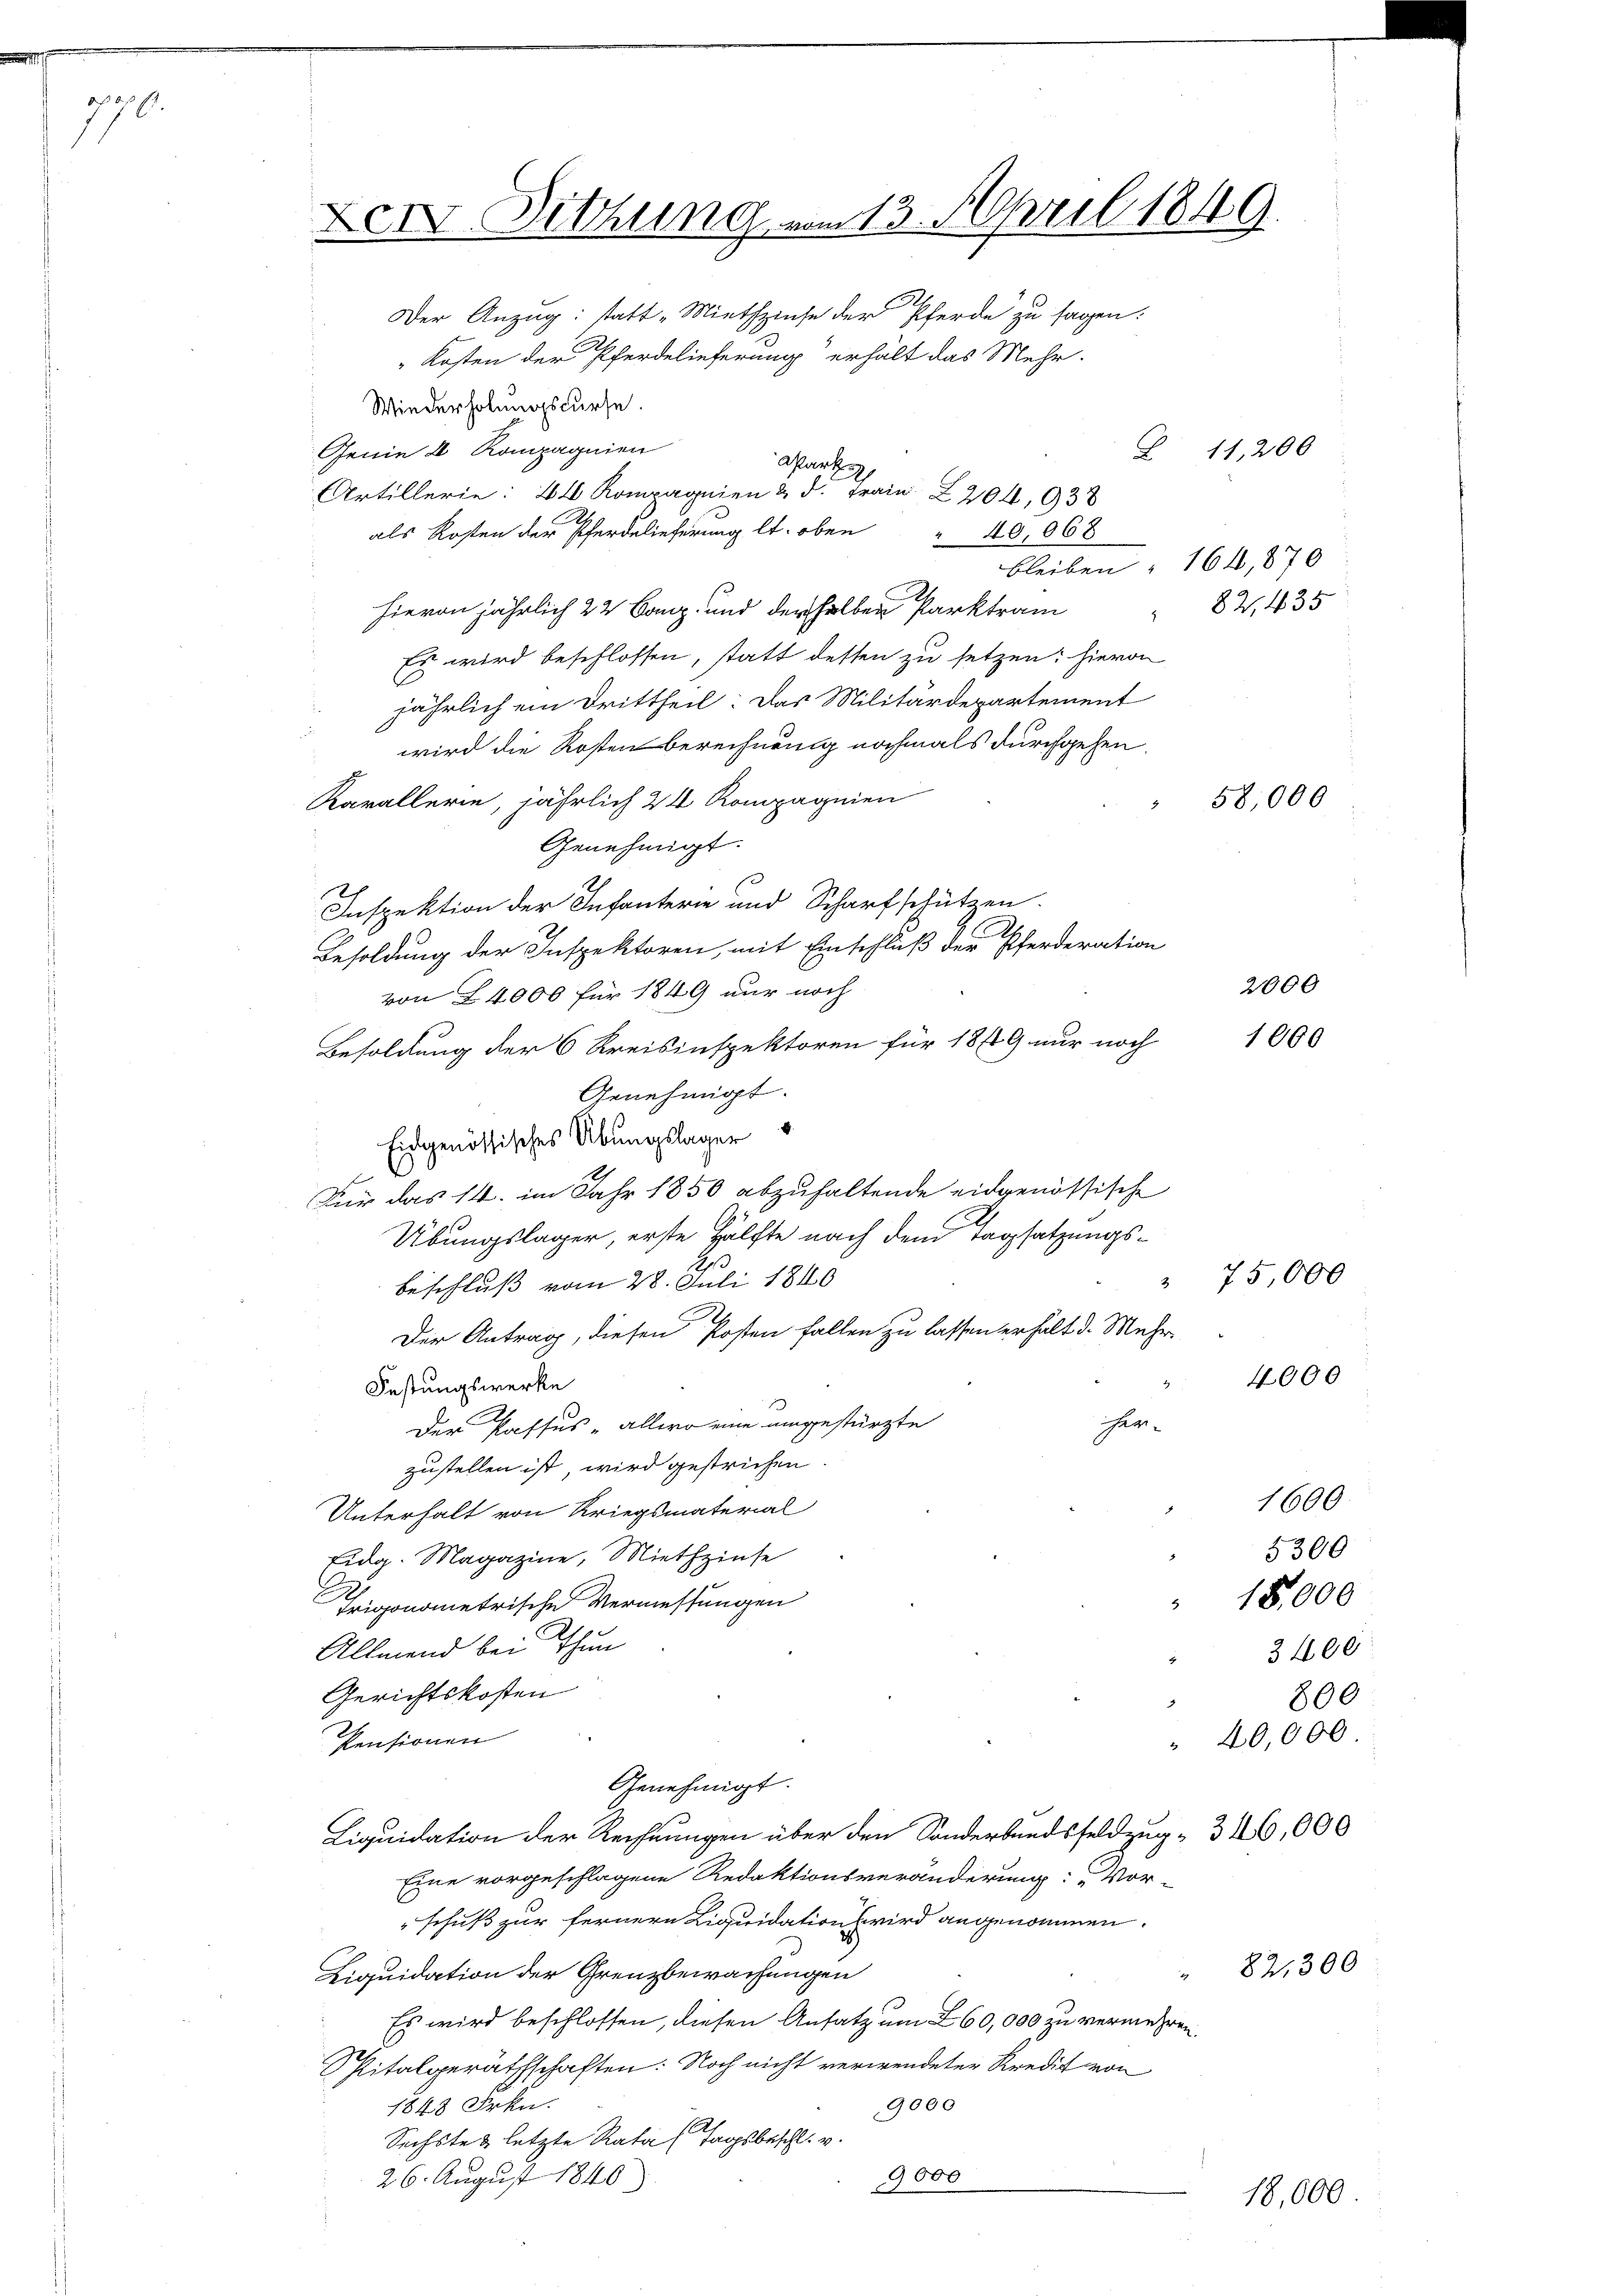
770.

XXI. Dittung vom 13. April 1849

Der Anzug: statt „Miethzinse der Pferde zu sagen:
Kosten der Pferdelieferung erhält das Mehr-
Wiederholungscurse.
Genie 2 Kompagnien
als Kosten der Pferdelieferung lt. oben " 40,068
hievon jährlich 22 Banz, und derselben Parktram
Es wird beschlossen, statt dessen zu setzen: hievon
jährlich ein Drittheil: Das Militärdepartement
wird die Kosten berechnung nochmals durchgehen.
Karallerie, jährlich 24 Kompagnien
Genehmigt.
2
Inspektion der Infanterie und Scharfschützen.
Besoldung der Inspektoren, mit Einschluß der Pferderation
von 24000 für 1849 nur noch
Besoldung der 6 Kreisinspektoren für 1849 nur noch
Genehmigt.
Eidgenössisches Übungslager
Für das 14. im Jahr 1850 abzuhaltende eidgenössische
Übungslager, erste Hälfte nach dem Tagsatzungs¬
3
beschluß vom 28. Juli 1840
Der Antrag, diesen Posten Fallen zu lassen erhält d. Mehr¬
.
Festungswerke
ihen.
Der Passus -allwo eine umgestürzte
zustellen ist wird gestrichen
Unterhalt von Kriegsmaterial
Eidg. Magazine, Miethzinse
Trigonometrische Vermessungen
Allmend bei Thun
Gerichtskosten
Pensionen
Genehmigt.
Liquidation der Rechnungen über den Sonderbandsfeldzug - 346,000
Eine vorgeschlagene Redaktionsveränderung: „Vor-
schuß zur fernern Liquidation wird angenommen.
Liquidation der Grenzbewachungen
Es wird beschlossen, diesen Ansatz um 260,000 zu vermehren.
Spitalgeräthschaften: Noch nicht verwendeter Kredit von
9000
1848 Frkn.
Sechste & letzte Rata Tagsbeschl. v.
9000
26. August 1840.

Artillerie: 4 Kompagnien & d. Frau Z 204, 938

Warte

bleiben " 164,870
82, 435

1600.
5300
3400
800
40,000

Z 11,200

58,000

2000
1000

75,000

4000

18,000

82,300

18,000